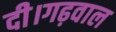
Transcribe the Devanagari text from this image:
दी।गढ़वाल